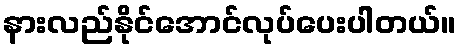
နားလည်နိုင်အောင်လုပ်ပေးပါတယ်။